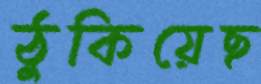
ঠুকিয়েছ